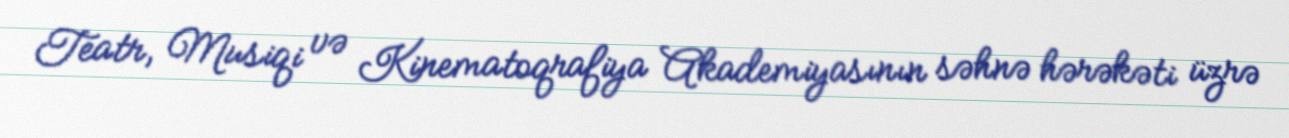
Teatr, Musiqi və Kinematoqrafiya Akademiyasının səhnə hərəkəti üzrə